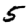
Digit: 5